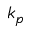
k _ { p }